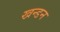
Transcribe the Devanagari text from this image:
खन्डन